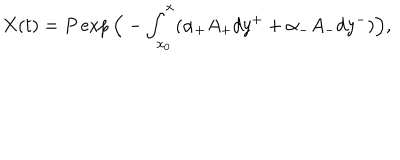
LaTeX: X ( t ) = P \exp \Big ( - \int _ { x _ { 0 } } ^ { x } ( \alpha _ { + } A _ { + } d y ^ { + } + \alpha _ { - } A _ { - } d y ^ { - } ) \Big ) ,